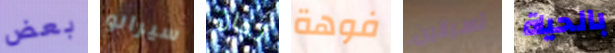
بعض سيرانو ثمان فوهة تسرقين بالحياة